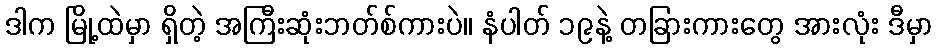
ဒါက မြို့ထဲမှာ ရှိတဲ့ အကြီးဆုံးဘတ်စ်ကားပဲ။ နံပါတ် ၁၉နဲ့ တခြားကားတွေ အားလုံး ဒီမှာ